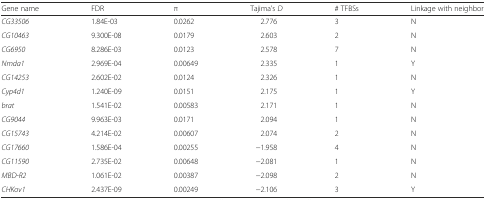
<table><thead><tr><td><b>Gene name</b></td><td><b>FDR</b></td><td><b>π</b></td><td><b>Tajima’s <i>D</i></b></td><td><b># TFBSs</b></td><td><b>Linkage with neighbor</b></td></tr></thead><tbody><tr><td><i>CG33506</i></td><td>1.84E-03</td><td>0.0262</td><td>2.776</td><td>3</td><td>N</td></tr><tr><td><i>CG10463</i></td><td>9.300E-08</td><td>0.0179</td><td>2.603</td><td>2</td><td>N</td></tr><tr><td><i>CG6950</i></td><td>8.286E-03</td><td>0.0123</td><td>2.578</td><td>7</td><td>N</td></tr><tr><td><i>Nmda1</i></td><td>2.969E-04</td><td>0.00649</td><td>2.335</td><td>1</td><td>Y</td></tr><tr><td><i>CG14253</i></td><td>2.602E-02</td><td>0.0124</td><td>2.326</td><td>1</td><td>N</td></tr><tr><td><i>Cyp4d1</i></td><td>1.240E-09</td><td>0.0151</td><td>2.175</td><td>1</td><td>Y</td></tr><tr><td><i>brat</i></td><td>1.541E-02</td><td>0.00583</td><td>2.171</td><td>1</td><td>N</td></tr><tr><td><i>CG9044</i></td><td>9.963E-03</td><td>0.0171</td><td>2.094</td><td>1</td><td>N</td></tr><tr><td><i>CG15743</i></td><td>4.214E-02</td><td>0.00607</td><td>2.074</td><td>2</td><td>N</td></tr><tr><td><i>CG17660</i></td><td>1.586E-04</td><td>0.00255</td><td>−1.958</td><td>4</td><td>N</td></tr><tr><td><i>CG11590</i></td><td>2.735E-02</td><td>0.00648</td><td>−2.081</td><td>1</td><td>N</td></tr><tr><td><i>MBD</i>-<i>R2</i></td><td>1.061E-02</td><td>0.00387</td><td>−2.098</td><td>2</td><td>N</td></tr><tr><td><i>CHKov1</i></td><td>2.437E-09</td><td>0.00249</td><td>−2.106</td><td>3</td><td>Y</td></tr></tbody></table>